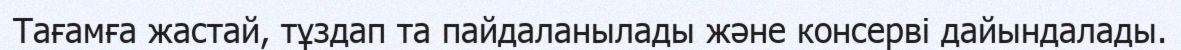
Тағамға жастай, тұздап та пайдаланылады және консерві дайындалады.